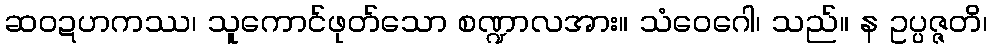
ဆဝဍဟကဿ၊ သူကောင်ဖုတ်သော စဏ္ဍာလအား။ သံဝေဂေါ၊ သည်။ န ဥပ္ပဇ္ဇတိ၊